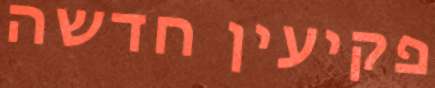
פקיעין חדשה